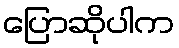
ပြောဆိုပါက